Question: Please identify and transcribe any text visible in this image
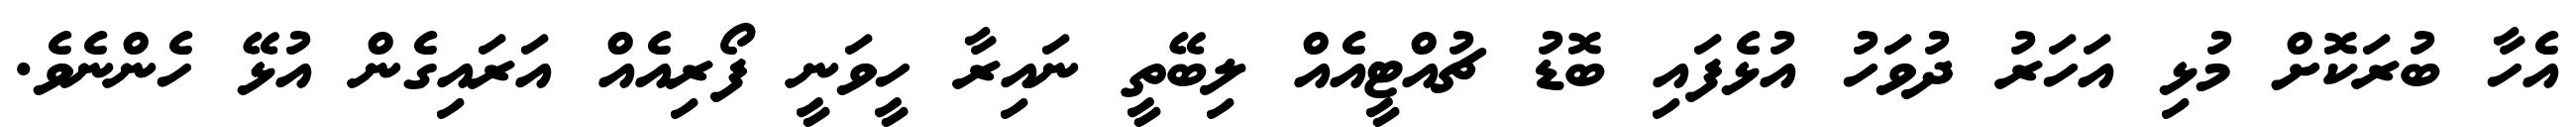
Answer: އެހާ ބުރަކޮށް މުޅި އަހަރު ދުވަހު އުޅެފައި ބޮޑު ޗުއްޓީއެއް ލިބޭތީ ނައިރާ ހީވަނީ ފޯރިއެއް އަރައިގެން އުޅޭ ހެންނެވެ.